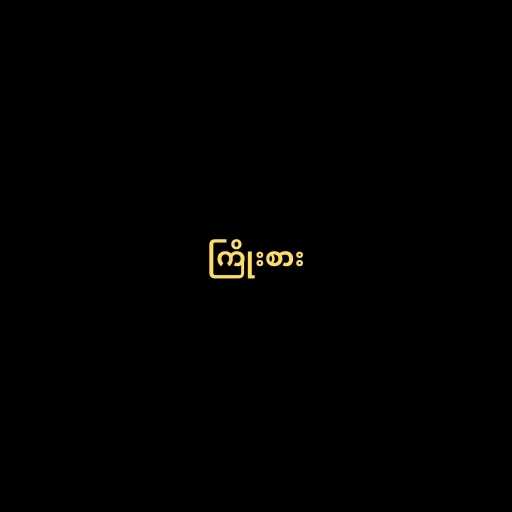
ကြိုးစား